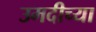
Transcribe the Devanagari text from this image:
उमदीच्या